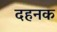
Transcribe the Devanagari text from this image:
दहनक